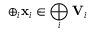
\oplus _ { i } \mathbf { x } _ { i } \in \bigoplus _ { i } \mathbf { V } _ { i }